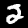
Label: 2